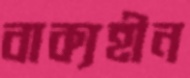
বাক্যহীন